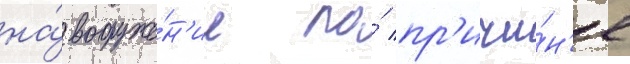
на́ вооруже́н'ие по́ пр'ичи́н'е